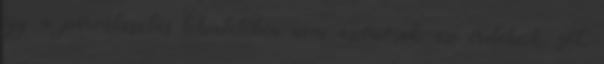
így a párválasztás tekintetében nem azonosak az érdekeik, sőt,